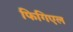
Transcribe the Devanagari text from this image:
फिगिएल